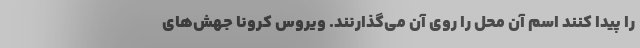
را پیدا کنند اسم آن محل را روی آن می‌گذارنند. ویروس کرونا جهش‌های